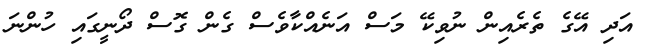
އަދި އޭގެ ތެރެއިން ނުވިކޭ މަސް އަނެއްކާވެސް ގެން ގޮސް ދޯނީގައި ހުންނަ